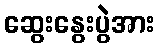
ဆွေးနွေးပွဲအား